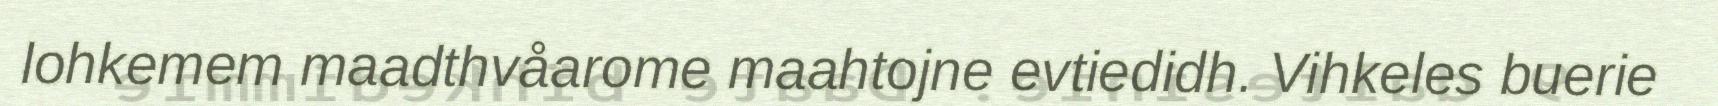
lohkemem maadthvåarome maahtojne evtiedidh. Vihkeles buerie